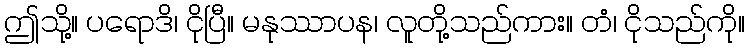
ဤသို့။ ပရောဒိ၊ ငိုပြီ။ မနုဿာပန၊ လူတို့သည်ကား။ တံ၊ ငိုသည်ကို။